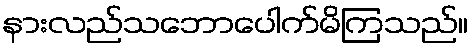
နားလည်သဘောပေါက်မိကြသည်။